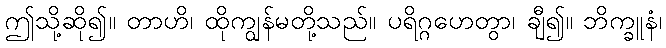
ဤသို့ဆို၍။ တာဟိ၊ ထိုကျွန်မတို့သည်။ ပရိဂ္ဂဟေတွာ၊ ချီ၍။ ဘိက္ခူနံ၊